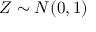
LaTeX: Z \sim N ( 0 , 1 )